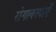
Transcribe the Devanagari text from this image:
रोगावस्थाएँ